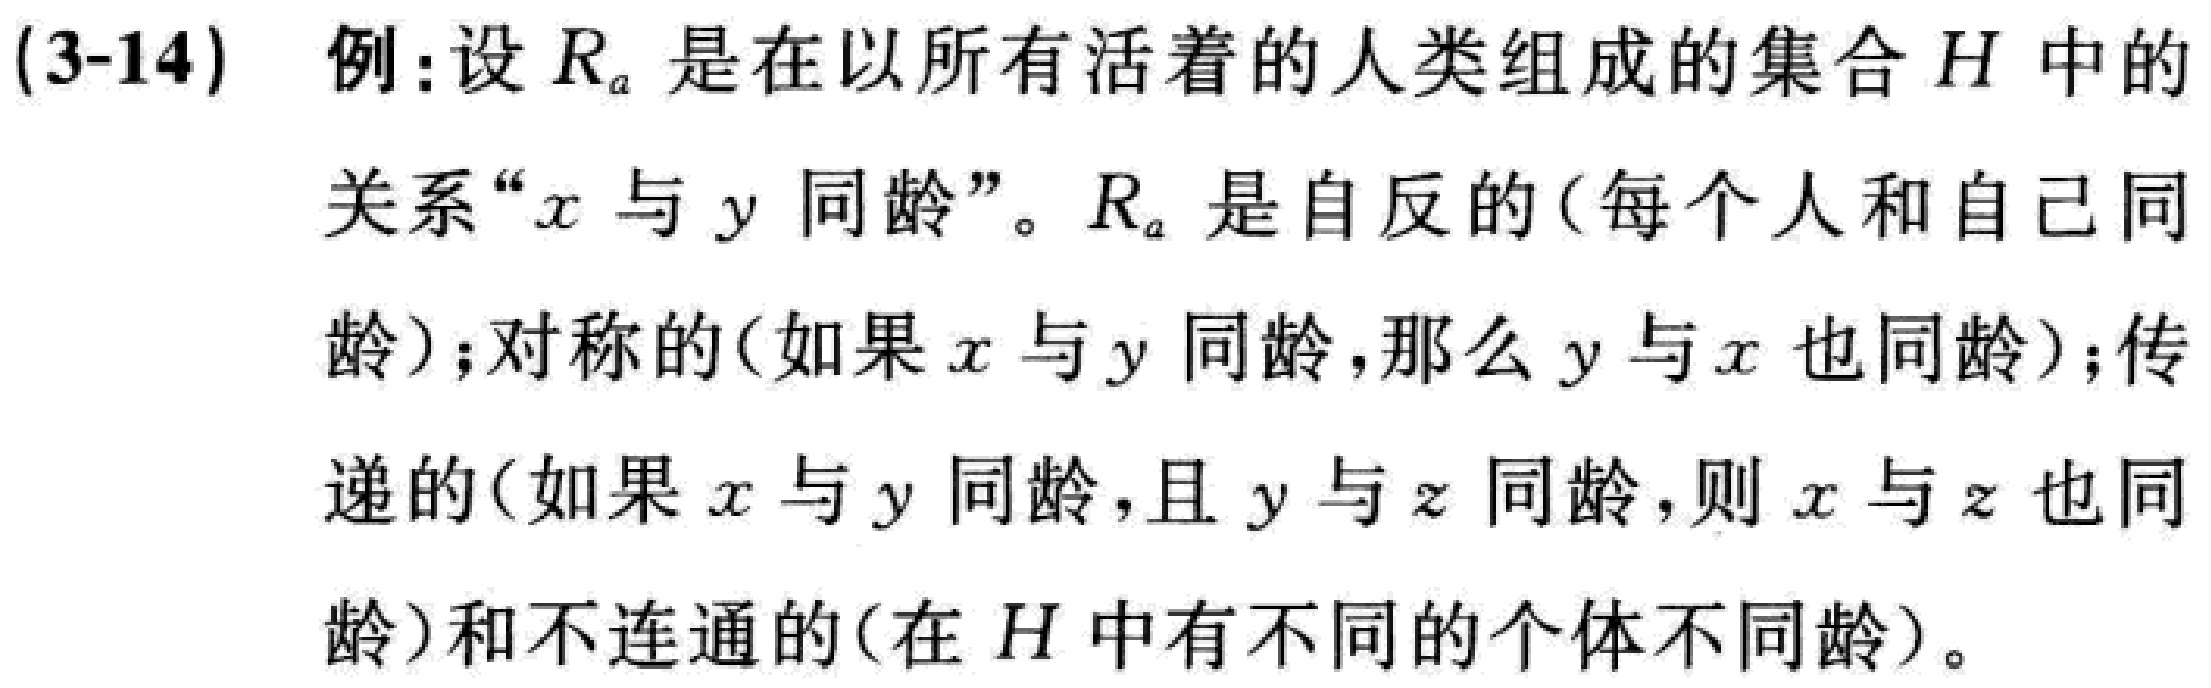
(3-14) 例:设 \(R_a\) 是在以所有活着的人类组成的集合 \(H\) 中的关系“\(x\) 与 \(y\) 同龄”。\(R_a\) 是自反的(每个人和自己同龄);对称的(如果 \(x\) 与 \(y\) 同龄,那么 \(y\) 与 \(x\) 也同龄);传递的(如果 \(x\) 与 \(y\) 同龄,且 \(y\) 与 \(z\) 同龄,则 \(x\) 与 \(z\) 也同龄)和不连通的(在 \(H\) 中有不同的个体不同龄)。